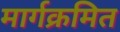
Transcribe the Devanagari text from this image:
मार्गक्रमित